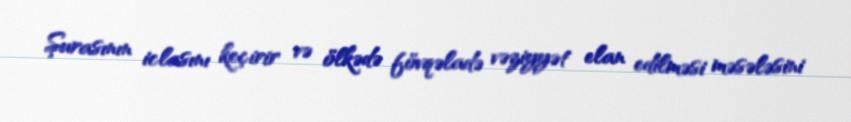
Şurasının iclasını keçirir və ölkədə fövqəladə vəziyyət elan edilməsi məsələsini